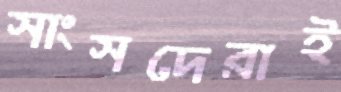
সাংসদেরাই